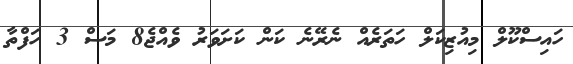
ހައިސްކޫލް މިއުޒިކަލް ހަތަރެއް ނެރޭނެ ކަން ކަށަވަރު ވެއްޖެ8 މަސް 3 ހަފްތާ